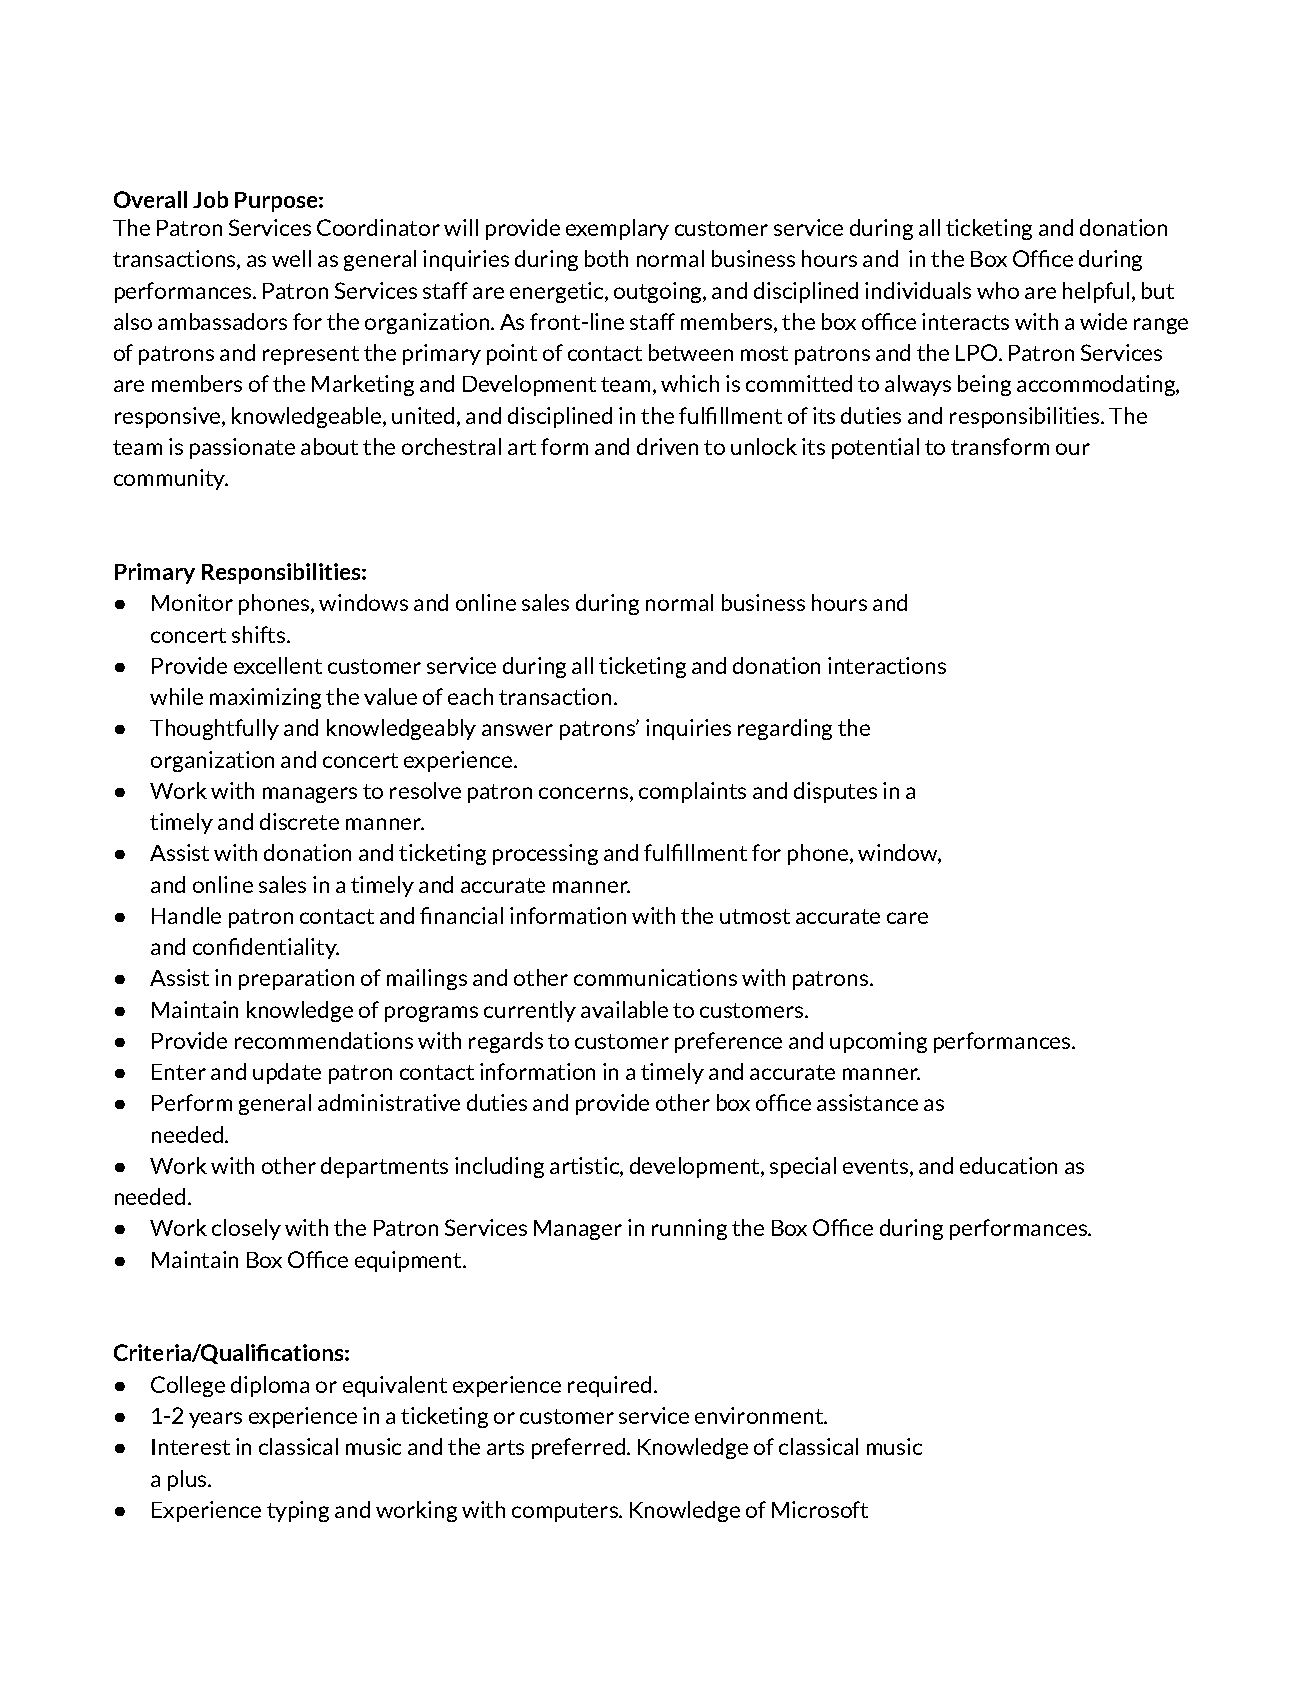
Overall Job Purpose:
 The Patron Services Coordinator will provide exemplary customer service during all ticketing and donation
 transactions, as well as general inquiries during both normal business hours and in the Box Office during
 performances. Patron Services staffare energetic,outgoing, and disciplined individuals who are helpful, but
 also ambassadors for the organization. As front-line staff members, the box office interacts with a wide range
 of patrons and represent the primary point of contact between most patrons and the LPO. Patron Services
 are members of the Marketing and Development team, which is committed to always being accommodating,
 responsive, knowledgeable, united, and disciplined in the fulfillment of its duties and responsibilities. The
 team is passionate about the orchestral art form anddriven to unlock its potential to transform our
 community.
 Primary Responsibilities:
 ●  Monitor phones, windows and online sales during normal business hours and
 concert shifts.
 ●  Provide excellent customer service during all ticketing and donation interactions
 while maximizing the value of each transaction.
 ●  Thoughtfully and knowledgeably answer patrons’ inquiries regarding the
 organization and concert experience.
 ●  Work with managers to resolve patron concerns, complaints and disputes in a
 timely and discrete manner.
 ●  Assist with donation and ticketing processing and fulfillment for phone, window,
 and online sales in a timely and accurate manner.
 ●  Handle patron contact and financial information with the utmost accurate care
 and confidentiality.
 ●  Assist in preparation of mailings and other communications with patrons.
 ●  Maintain knowledge of programs currently available to customers.
 ●  Provide recommendations with regards to customer preference and upcoming performances.
 ●  Enter and update patron contact information in a timely and accurate manner.
 ●  Perform general administrative duties and provide other box office assistance as
 needed.
 ●  Work with other departments including artistic, development, special events, and education as
 needed.
 ●  Work closely with the Patron Services Manager in running the Box Office during performances.
 ●  Maintain Box Office equipment.
 Criteria/Qualifications:
 ●  College diploma or equivalent experience required.
 ●  1-2 years experience in a ticketing or customer service environment.
 ●  Interest in classical music and the arts preferred. Knowledge of classical music
 a plus.
 ●  Experience typing and working with computers. Knowledge of Microsoft